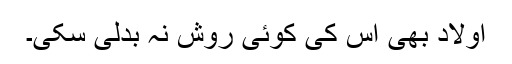
اولاد بھی اس کی کوئی روش نہ بدلی سکی۔